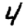
Digit: 4